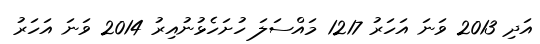
އަދި 2013 ވަނަ އަހަރު 1217 މައްސަލަ ހުށަހެޅުނުއިރު 2014 ވަނަ އަހަރު